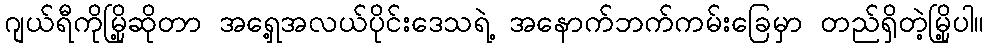
ဂျယ်ရီကိုမြို့ဆိုတာ အရှေ့အလယ်ပိုင်းဒေသရဲ့ အနောက်ဘက်ကမ်းခြေမှာ တည်ရှိတဲ့မြို့ပါ။